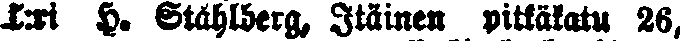
T:ri H. Ståhlberg, Itäinen pitkäkatu 26,